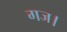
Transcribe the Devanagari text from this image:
गज।